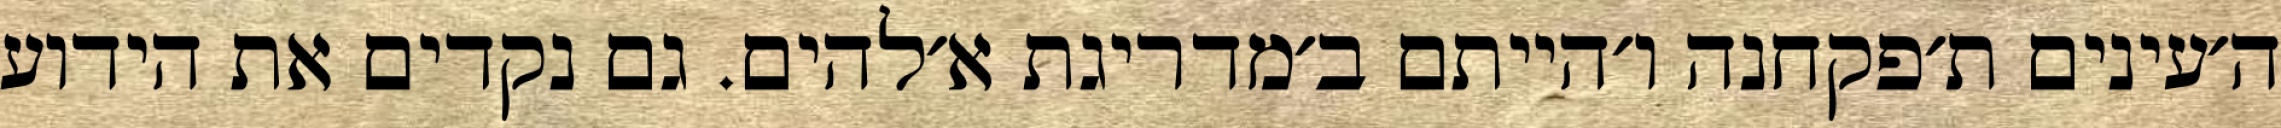
ה׳עינים ת׳פקחנה ו׳הייתם ב׳מדריגת א׳להים. גם נקדים את הידוע